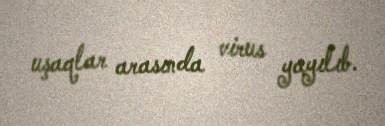
uşaqlar arasında virus yayılıb.